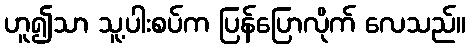
ဟူ၍သာ သူ့ပါးစပ်က ပြန်ပြောလိုက် လေသည်။